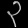
Digit: ၃